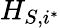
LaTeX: H_{S,i^{*}}